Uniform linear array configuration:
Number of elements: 4
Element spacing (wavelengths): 0.25
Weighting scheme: uniform
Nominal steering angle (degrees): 15
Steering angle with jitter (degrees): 13.851
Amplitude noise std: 0.05
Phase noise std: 0.05

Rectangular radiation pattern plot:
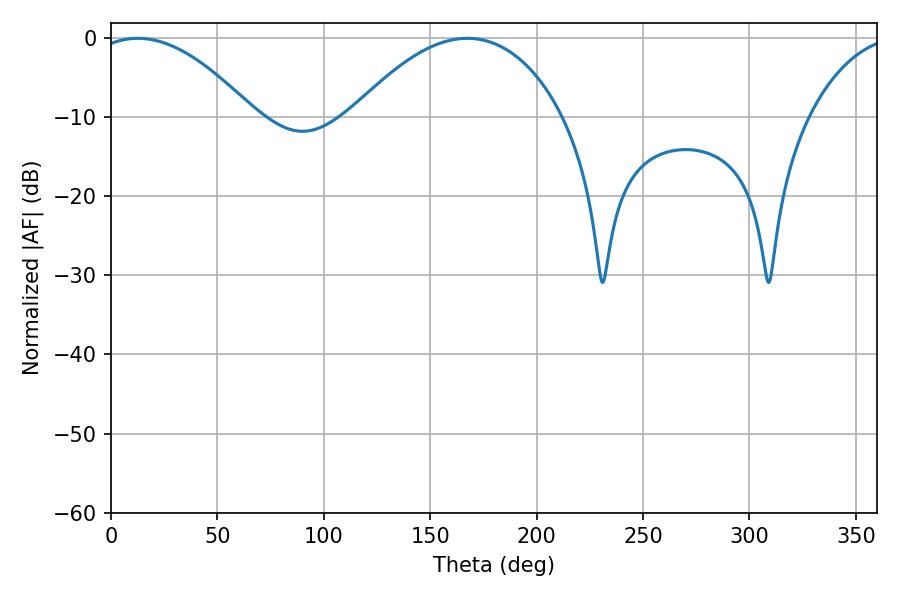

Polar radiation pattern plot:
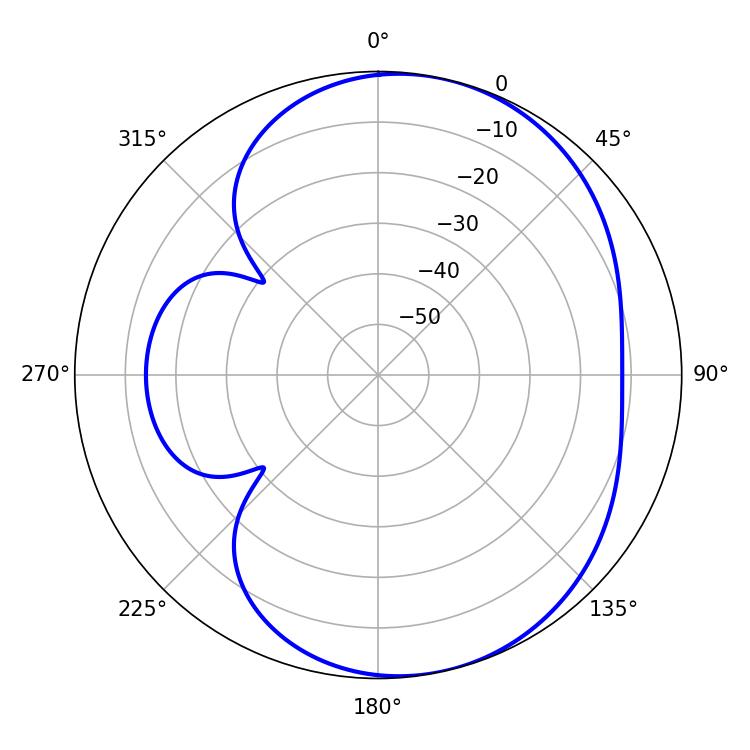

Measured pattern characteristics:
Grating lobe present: FALSE
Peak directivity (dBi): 5.813
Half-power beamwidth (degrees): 41.76
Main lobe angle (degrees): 12.6